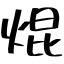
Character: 焜